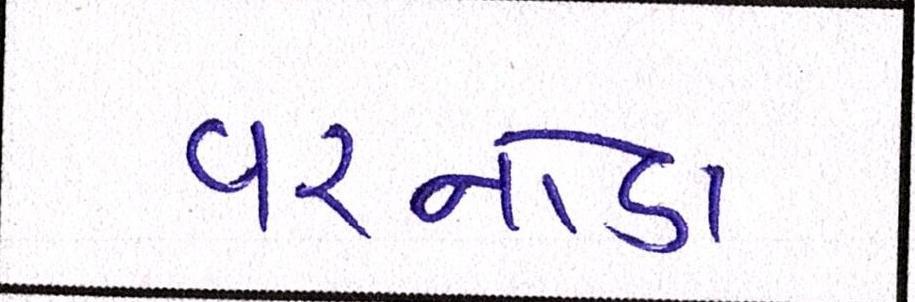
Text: વરનોડા